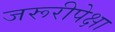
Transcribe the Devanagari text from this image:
जरूरीपेक्षा